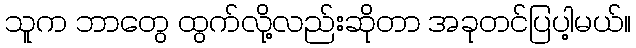
သူက ဘာတွေ ထွက်လို့လည်းဆိုတာ အခုတင်ပြပါ့မယ်။